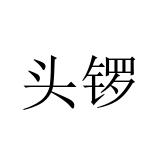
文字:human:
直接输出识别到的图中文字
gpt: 头锣